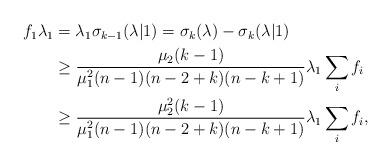
LaTeX: \begin{align*}\begin{aligned}f_1 \lambda_1 &= \lambda_1 \sigma_{k-1}(\lambda|1) = \sigma_k(\lambda) - \sigma_{k}(\lambda|1)\\&\geq \frac{\mu_2 (k-1)}{\mu_1^2 (n-1)(n-2+k)(n-k+1)} \lambda_1 \sum_i f_i \\&\geq \frac{\mu_2^2 (k-1)}{\mu_1^2 (n-1)(n-2+k)(n-k+1)} \lambda_1 \sum_i f_i,\end{aligned}\end{align*}